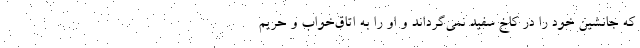
که جانشین خود را در کاخ سفید نمی‌گرداند و او را به اتاق‌خواب و حریم